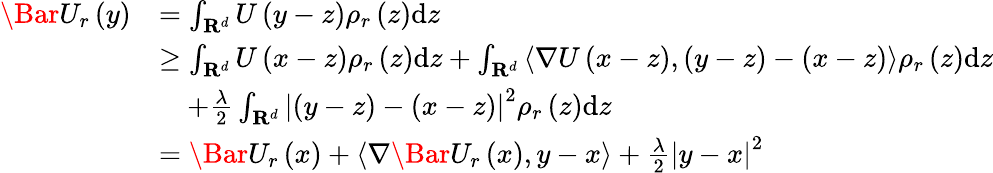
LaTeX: \begin{array}{rl}{\Bar{U}_{r}\left(y\right)}&{=\int_{\mathbf{R}^{d}}U\left(y-z\right)\rho_{r}\left(z\right)\mathrm{d}z}\\ &{\ge\int_{\mathbf{R}^{d}}U\left(x-z\right)\rho_{r}\left(z\right)\mathrm{d}z+\int_{\mathbf{R}^{d}}\left\langle\nabla U\left(x-z\right),(y-z)-(x-z)\right\rangle\rho_{r}\left(z\right)\mathrm{d}z}\\ &{\quad+\frac{\lambda}{2}\int_{\mathbf{R}^{d}}\left|(y-z)-(x-z)\right|^{2}\rho_{r}\left(z\right)\mathrm{d}z}\\ &{=\Bar{U}_{r}\left(x\right)+\left\langle\nabla\Bar{U}_{r}\left(x\right),y-x\right\rangle+\frac{\lambda}{2}\left|y-x\right|^{2}}\end{array}